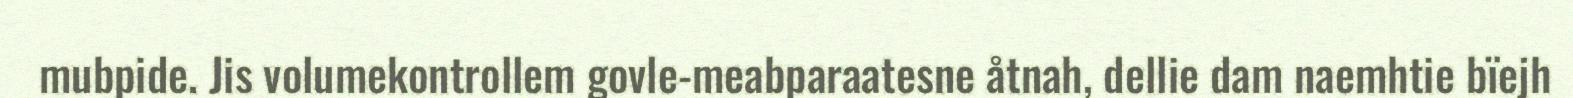
mubpide. Jis volumekontrollem govle-meabparaatesne åtnah, dellie dam naemhtie bïejh